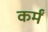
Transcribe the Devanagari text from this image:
कर्मं